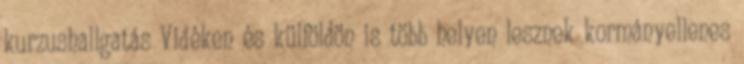
kurzushallgatás Vidéken és külföldön is több helyen lesznek kormányellenes